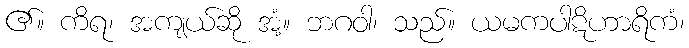
၏။ ကိရ၊ အကျယ်ဆို အံ့။ ဘဂဝါ၊ သည်။ ယမကပါဋိဟာရိကံ၊